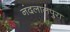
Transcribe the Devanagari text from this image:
नंदलालपुरा